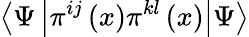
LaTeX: \left\langle\Psi\left|\pi^{ij}\left(x\right)\pi^{kl}\left(x\right)\right|\Psi\right\rangle